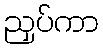
ညှပ်ကာ